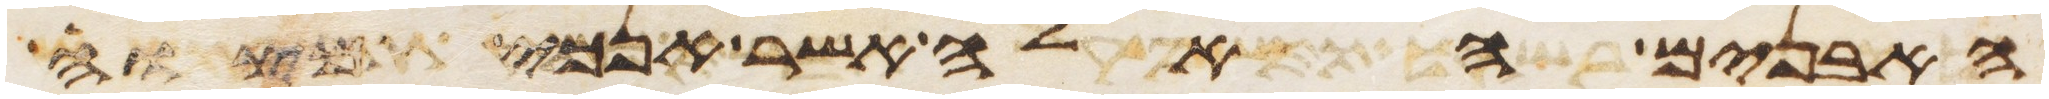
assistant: האבנים האלה אשר אנכי מצוה